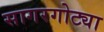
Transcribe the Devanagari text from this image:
सागरगोट्या